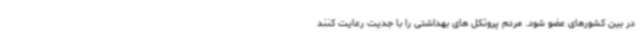
در بین کشورهای عضو شود. مردم پروتکل های بهداشتی را با جدیت رعایت کنند